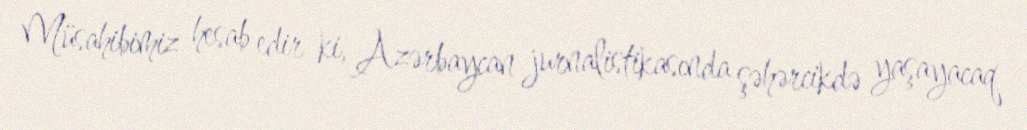
Müsahibimiz hesab edir ki, Azərbaycan jurnalistikasında şəhərcikdə yaşayacaq